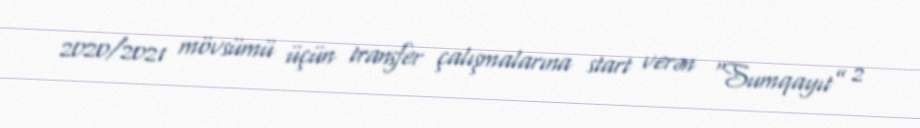
2020/2021 mövsümü üçün transfer çalışmalarına start verən “Sumqayıt” 2